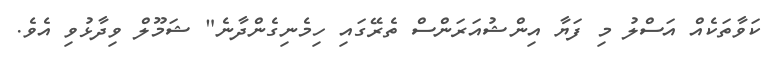
ކަވާތަކެއް އަސްލު މި ފަޔާ އިންޝުއަރަންސް ތެރޭގައި ހިމެނިގެންދާނެ" ޝަމޫލް ވިދާޅުވި އެވެ.